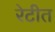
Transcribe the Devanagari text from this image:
रेटीत